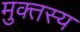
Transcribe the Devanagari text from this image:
मुक्तस्य